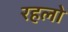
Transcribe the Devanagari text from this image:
रहलो